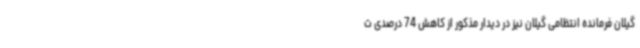
گیلان فرمانده انتظامی گیلان نیز در دیدار مذکور از کاهش 74 درصدی ت